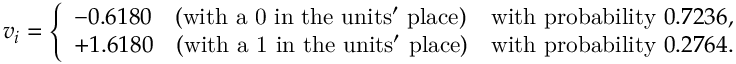
v _ { i } = { \left\{ \begin{array} { l l } { - 0 . 6 1 8 0 \quad { \mathrm { ( w i t h ~ a ~ 0 ~ i n ~ t h e ~ u n i t s ' ~ p l a c e ) } } } & { { \mathrm { w i t h ~ p r o b a b i l i t y ~ } } 0 . 7 2 3 6 , } \\ { + 1 . 6 1 8 0 \quad { \mathrm { ( w i t h ~ a ~ 1 ~ i n ~ t h e ~ u n i t s ' ~ p l a c e ) } } } & { { \mathrm { w i t h ~ p r o b a b i l i t y ~ } } 0 . 2 7 6 4 . } \end{array} \right. }